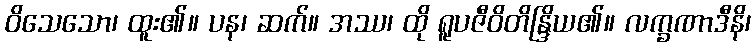
ဝိသေသော၊ ထူး၏။ ပန၊ ဆက်။ အဿ၊ ထို ရူပဇီဝိတိန္ဒြိယ၏။ လက္ခဏာဒီနိ၊